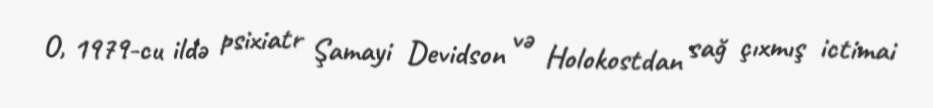
O, 1979-cu ildə psixiatr Şamayi Devidson və Holokostdan sağ çıxmış ictimai